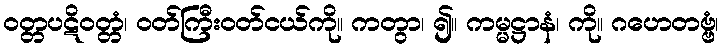
ဝတ္တပဋိဝတ္တံ၊ ဝတ်ကြီးဝတ်ငယ်ကို။ ကတွာ၊ ၍။ ကမ္မဋ္ဌာနံ၊ ကို။ ဂဟေတဗ္ဗံ၊